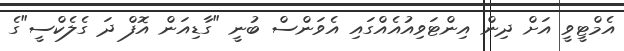
އެމްޓީވީ އަށް ދިން އިންޓަވިއުއެއްގައި އެވަންސް ބުނީ "ގާޑިއަން އޮފް ދަ ގެލެކްސީ"ގެ